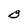
Character: B